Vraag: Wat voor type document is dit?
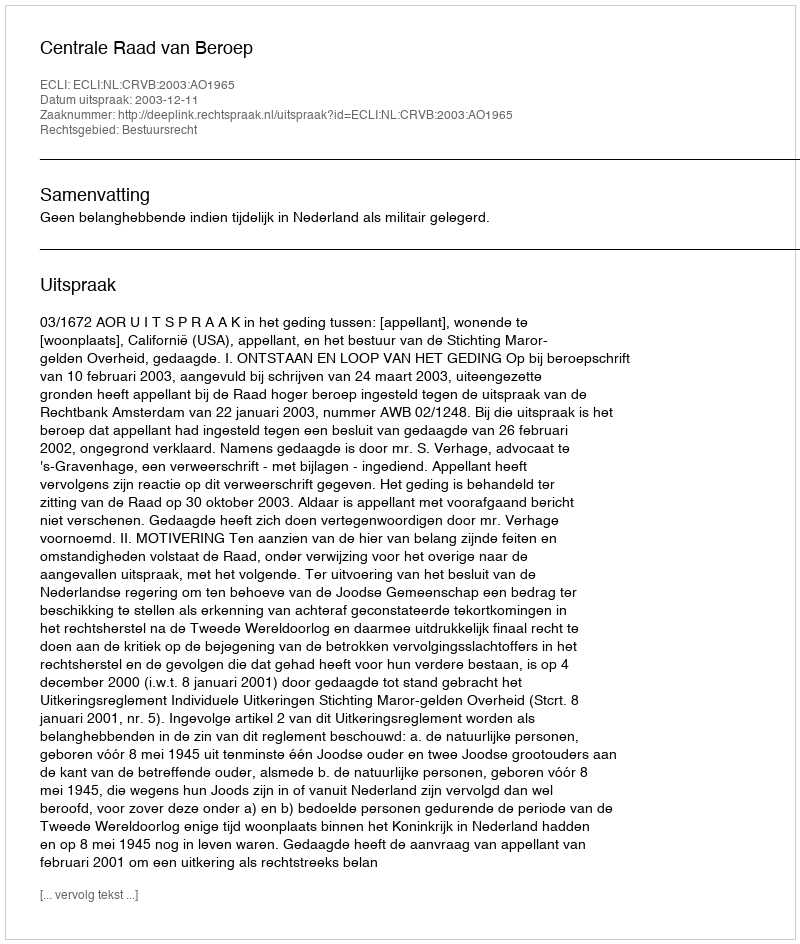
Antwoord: Uitspraak